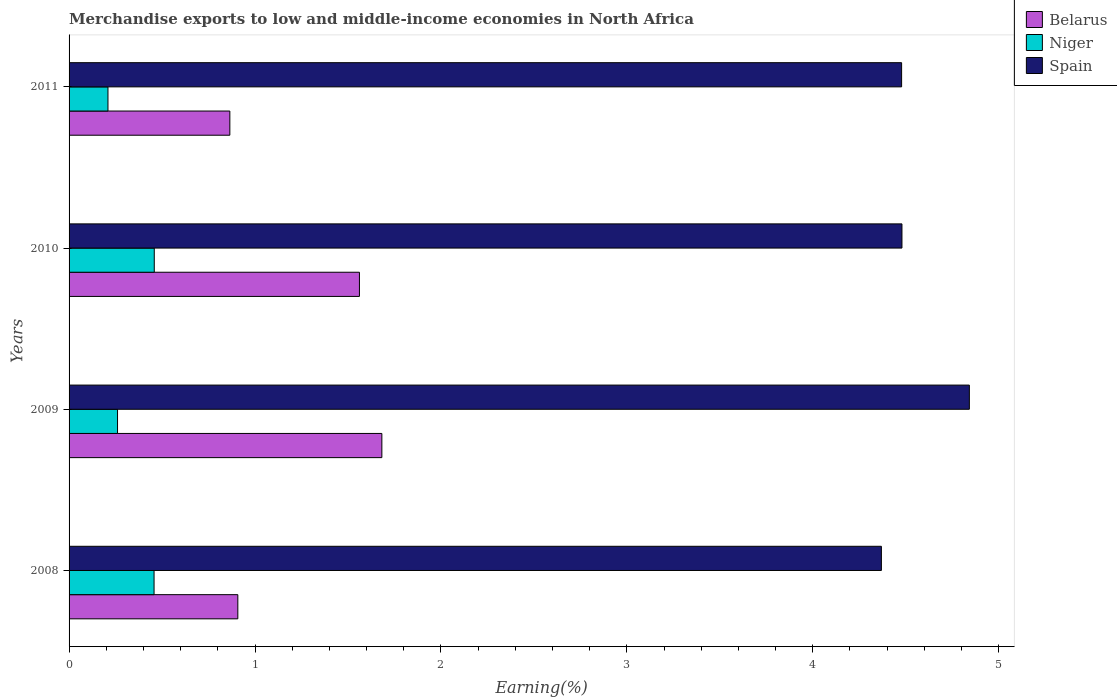
| Years | Belarus | Niger | Spain |
 | --- | --- | --- | --- |
 | 2008 | 0.908 | 0.457 | 4.37 |
 | 2009 | 1.68 | 0.261 | 4.84 |
 | 2010 | 1.56 | 0.458 | 4.48 |
 | 2011 | 0.865 | 0.209 | 4.48 |